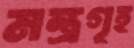
মন্ত্রগৃহ